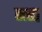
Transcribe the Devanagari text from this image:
ब्च्ब्व